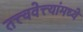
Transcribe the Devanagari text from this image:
तत्त्ववेत्त्यांमध्ये